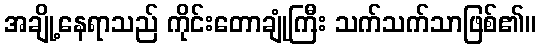
အချို့နေရာသည် ကိုင်းတောချုံကြီး သက်သက်သာဖြစ်၏။